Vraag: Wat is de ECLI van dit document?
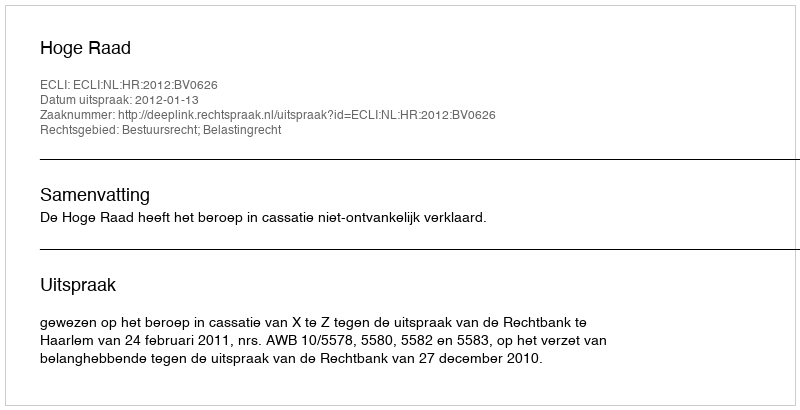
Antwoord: ECLI:NL:HR:2012:BV0626